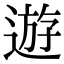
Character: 遊